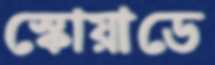
স্কোয়াডে